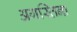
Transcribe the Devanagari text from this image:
अगस्तिना